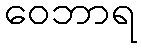
ဝေဘာရ